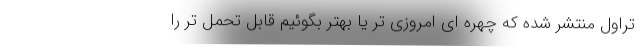
تراول منتشر شده که چهره ای امروزی تر یا بهتر بگوئیم قابل تحمل تر را